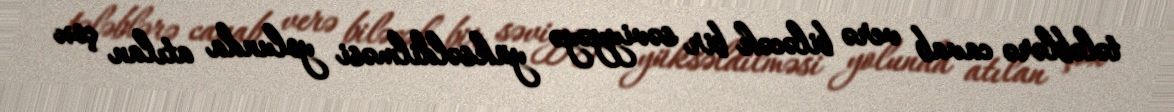
tələblərə cavab verə biləcək bir səviyyəyə yüksəldilməsi yolunda atılan çox